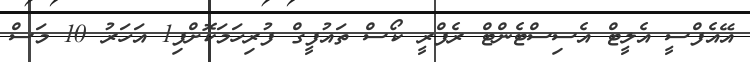
އޭއެފްސީ އެލީޓް އެސިސްޓެންޓް ރެފްރީ ކޯސް ތައުފީގް ފުރިހަމަކޮށްފި1 އަހަރު 10 މަސް